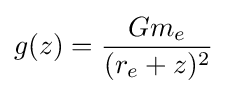
g(z)={\frac {Gm_{e}}{(r_{e}+z)^{2}}}